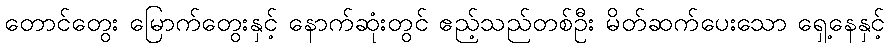
တောင်တွေး မြောက်တွေးနှင့် နောက်ဆုံးတွင် ဧည့်သည်တစ်ဦး မိတ်ဆက်ပေးသော ရှေ့နေနှင့်